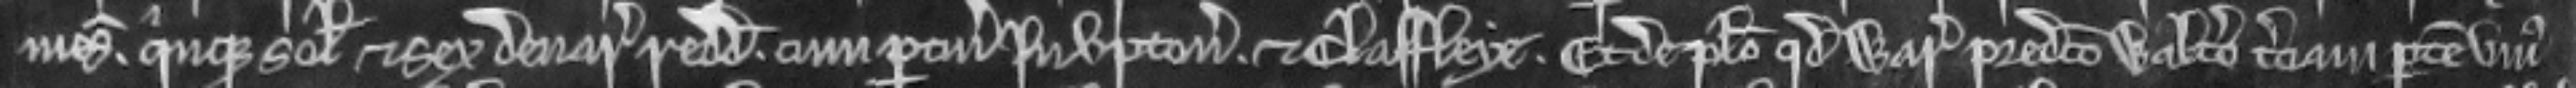
mesuagiorum quinque solidorum et sex denariorum redditus cum pertinenciis in Upton. et Claffleye. Et de placito quod warantizent predicto Waltero terciam partem unius